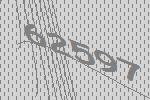
62597